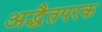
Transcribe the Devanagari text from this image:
अद्धैतपरक